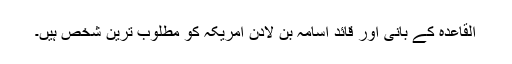
القاعدہ کے بانی اور قائد اسامہ بن لادن امریکہ کو مطلوب ترین شخص ہیں۔